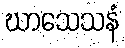
ဃာသေသနံ